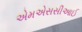
એમએસસીઆઈ